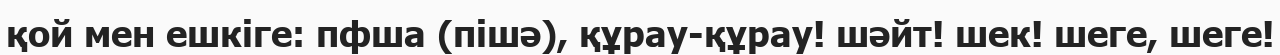
қой мен ешкіге: пфша (пішә), құрау-құрау! шәйт! шек! шеге, шеге!